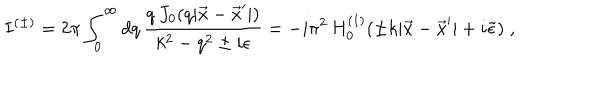
I ^ { ( \pm ) } = 2 \pi \int _ { 0 } ^ { \infty } d q \, \frac { q \, J _ { 0 } ( q | \vec { x } - \vec { x } ^ { \prime } | ) } { k ^ { 2 } - q ^ { 2 } \pm i \epsilon } = - i \pi ^ { 2 } \, H _ { 0 } ^ { ( 1 ) } ( \pm k | \vec { x } - \vec { x } ^ { \prime } | + i \tilde { \epsilon } ) \; ,